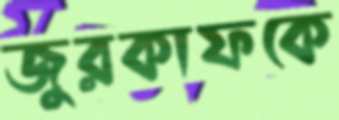
জুরকাফকে